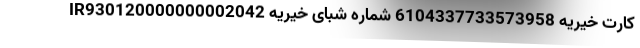
کارت خیریه 6104337733573958 شماره شبای خیریه IR930120000000002042